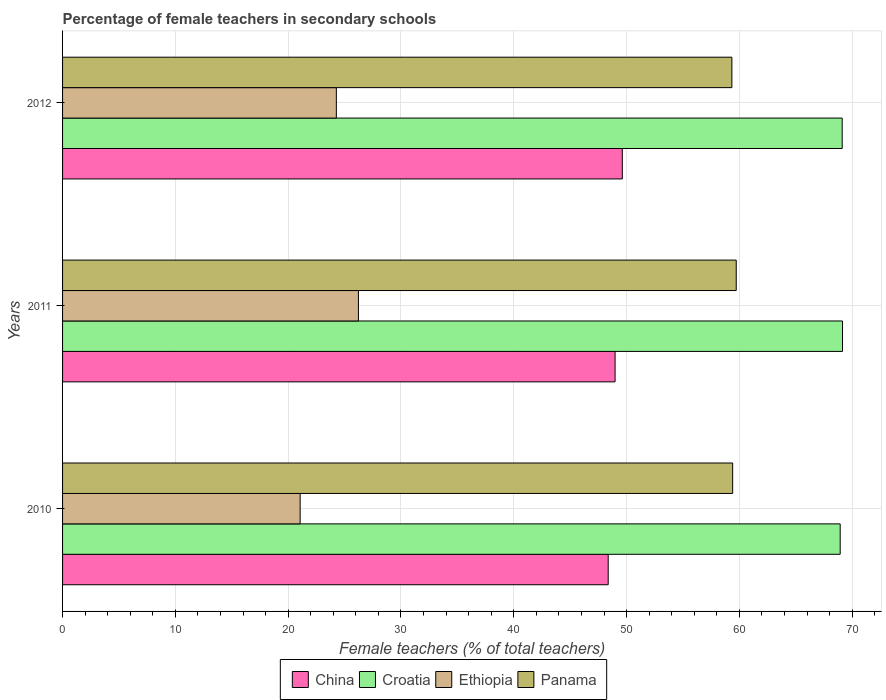
| Years | China | Croatia | Ethiopia | Panama |
 | --- | --- | --- | --- | --- |
 | 2010 | 48.4 | 68.9 | 21.1 | 59.4 |
 | 2011 | 49 | 69.1 | 26.2 | 59.7 |
 | 2012 | 49.6 | 69.1 | 24.3 | 59.3 |